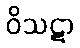
ဝိသဋာ